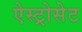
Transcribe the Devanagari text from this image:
ऐस्ट्रोसेट